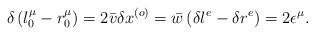
\begin{align*}\delta\left( l_{0}^{\mu}-r_{0}^{\mu}\right) =2\bar{v}\delta x^{\left(o\right) }=\bar{w}\left( \delta l^{e}-\delta r^{e}\right) =2\epsilon^{\mu}.\end{align*}